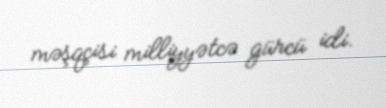
məşqçisi milliyyətcə gürcü idi.